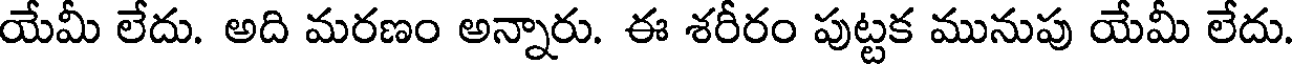
యేమీ లేదు. అది మరణం అన్నారు. ఈ శరీరం పుట్టక మునుపు యేమీ లేదు.